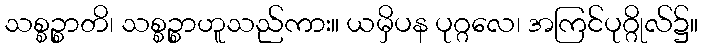
သစ္စဉ္စာတိ၊ သစ္စဉ္စာဟူသည်ကား။ ယမှိပန ပုဂ္ဂလေ၊ အကြင်ပုဂ္ဂိုလ်၌။